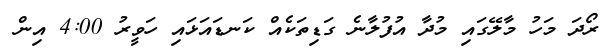
ރޯދަ މަހު މާލޭގައި މުދާ އުފުލާނެ ގަޑިތަކެއް ކަނޑައަޅައި ހަވީރު 4:00 އިން